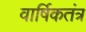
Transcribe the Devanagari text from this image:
वार्षिकतंत्र